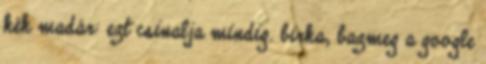
kék madár: ezt csinalja mindig. birka, bazmeg a google